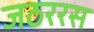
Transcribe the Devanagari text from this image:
जठररस